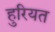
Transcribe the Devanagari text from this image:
हुरियत